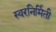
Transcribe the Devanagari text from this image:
स्वरनिर्मिती